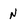
Character: N